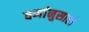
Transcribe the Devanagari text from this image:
वर्णानुसारी